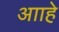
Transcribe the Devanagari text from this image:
आाहे